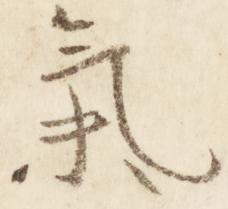
気